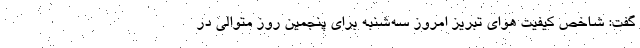
گفت: شاخص کیفیت هوای تبریز امروز سه‌شنبه برای پنجمین روز متوالی در